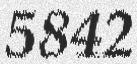
5842